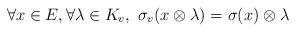
LaTeX: \begin{align*}\forall x \in E, \forall \lambda \in K_v, \ \sigma_v(x \otimes \lambda) = \sigma(x) \otimes \lambda \end{align*}